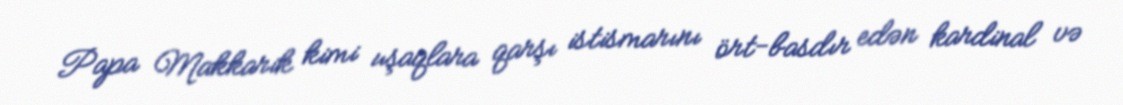
Papa Makkarik kimi uşaqlara qarşı istismarını ört-basdır edən kardinal və